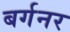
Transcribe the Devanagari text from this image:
बर्गनर